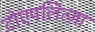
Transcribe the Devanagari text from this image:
टोएपलित्ज़ा